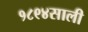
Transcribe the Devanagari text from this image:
१८९४साली